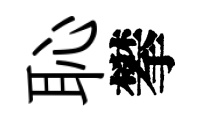
恥攀